Report of the Bombay Veterinary College
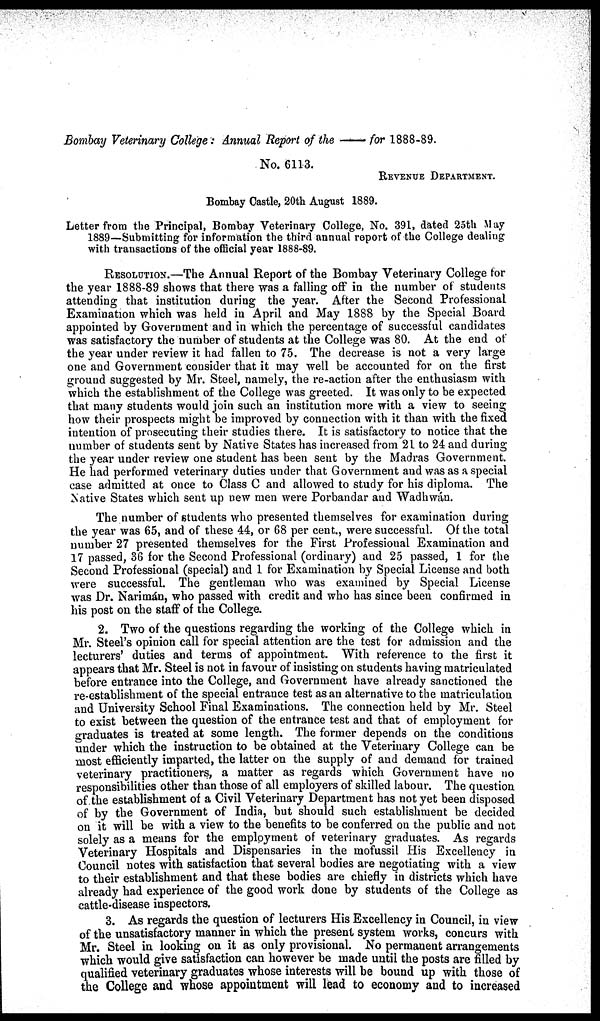
Bombay Veterinary College: Annual Report of the — for 1888-89.
No. 6113.
REVENUE DEPARTMENT.
Bombay Castle, 20th August 1889.
Letter from the Principal, Bombay Veterinary College, No. 391, dated 25th May
1889—Submitting for information the third annual report of the College dealing
with transactions of the official year 1888-89.
RESOLUTION.—The Annual Report of the Bombay Veterinary College for
the year 1888-89 shows that there was a falling off in the number of students
attending that institution during the year. After the Second Professional
Examination which was held in April and May 1888 by the Special Board
appointed by Government and in which the percentage of successful candidates
was satisfactory the number of students at the College was 80. At the end of
the year under review it had fallen to 75. The decrease is not a very large
one and Government consider that it may well be accounted for on the first
ground suggested by Mr. Steel, namely, the re-action after the enthusiasm with
which the establishment of the College was greeted. It was only to be expected
that many students would join such an institution more with a view to seeing
how their prospects might be improved by connection with it than with the fixed
intention of prosecuting their studies there. It is satisfactory to notice that the
number of students sent by Native States has increased from 21 to 24 and during
the year under review one student has been sent by the Madras Government.
He had performed veterinary duties under that Government and was as a special
case admitted at once to Class C and allowed to study for his diploma. The
Native States which sent up new men were Porbandar and Wadhwán.
The number of students who presented themselves for examination during
the year was 65, and of these 44, or 68 per cent., were successful. Of the total
number 27 presented themselves for the First Professional Examination and
17 passed, 36 for the Second Professional (ordinary) and 25 passed, 1 for the
Second Professional (special) and 1 for Examination by Special License and both
were successful. The gentleman who was examined by Special License
was Dr. Narimán, who passed with credit and who has since been confirmed in
his post on the staff of the College.
2. Two of the questions regarding the working of the College which in
Mr. Steel's opinion call for special attention are the test for admission and the
lecturers' duties and terms of appointment. With reference to the first it
appears that Mr. Steel is not in favour of insisting on students having matriculated
before entrance into the College, and Government have already sanctioned the
re-establishment of the special entrance test as an alternative to the matriculation
and University School Final Examinations. The connection held by Mr. Steel
to exist between the question of the entrance test and that of employment for
graduates is treated at some length. The former depends on the conditions
under which the instruction to be obtained at the Veterinary College can be
most efficiently imparted, the latter on the supply of and demand for trained
veterinary practitioners, a matter as regards which Government have no
responsibilities other than those of all employers of skilled labour. The question
of the establishment of a Civil Veterinary Department has not yet been disposed
of by the Government of India, but should such establishment be decided
on it will be with a view to the benefits to be conferred on the public and not
solely as a means for the employment of veterinary graduates. As regards
Veterinary Hospitals and Dispensaries in the mofussil His Excellency in
Council notes with satisfaction that several bodies are negotiating with a view
to their establishment and that these bodies are chiefly in districts which have
already had experience of the good work done by students of the College as
cattle-disease inspectors.
3. As regards the question of lecturers His Excellency in Council, in view
of the unsatisfactory manner in which the present system works, concurs with
Mr. Steel in looking on it as only provisional. No permanent arrangements
which would give satisfaction can however be made until the posts are filled by
qualified veterinary graduates whose interests will be bound up with those of
the College and whose appointment will lead to economy and to increased